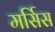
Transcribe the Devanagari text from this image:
मर्सिस